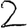
Digit: 2